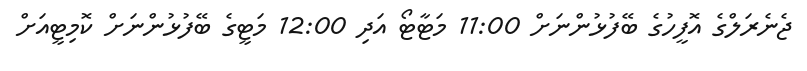
ޖެނެރަލްގެ އޮފީހުގެ ބޭފުޅުންނަށް 11:00 މަޓާޓޯ އަދި 12:00 މަޓީގެ ބޭފުޅުންނަށް ކޮމިޓީއަށް